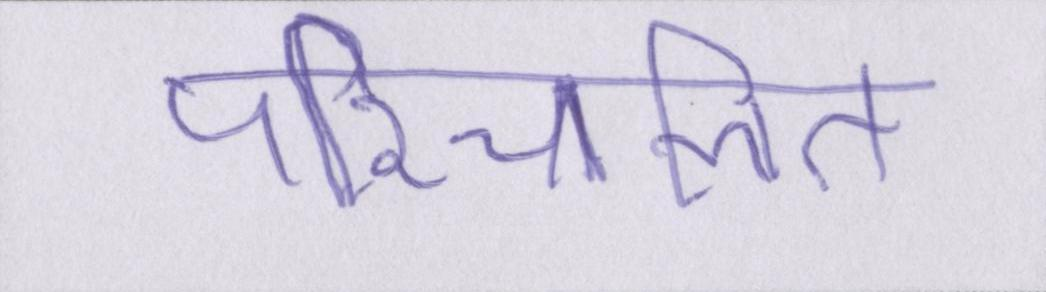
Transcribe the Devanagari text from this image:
परिचालित